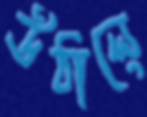
উঠালে